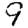
Digit: 9